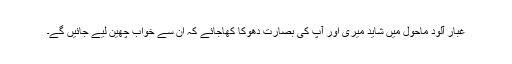
غبار آلود ماحول میں شاید میری اور آپ کی بصارت دھوکا کھاجائے کہ اِن سے خواب چھین لیے جائیں گے۔